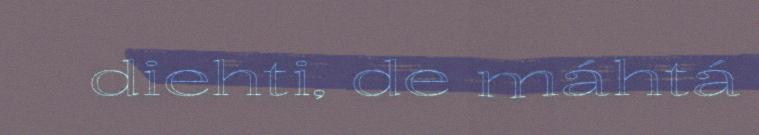
diehti, de máhtá